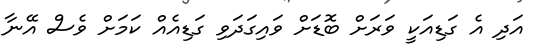
އަދި އެ ގަޑިއަކީ ވަރަށް ބޮޑަށް ވައިގަދަވި ގަޑިއެއް ކަމަށް ވެސް އޭނާ